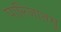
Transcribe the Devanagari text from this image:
पारिजातमु